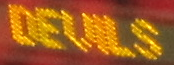
DEVILS